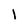
Character: 1